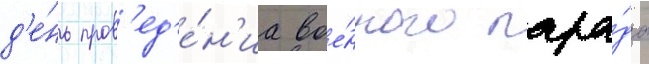
д'е́нь пров'ед'е́н'иа вое́нного пара́да